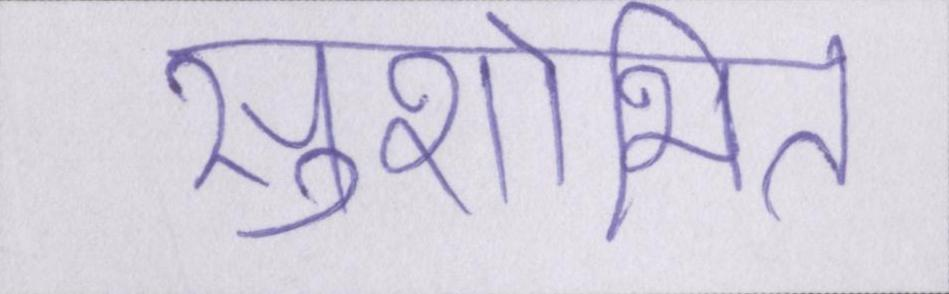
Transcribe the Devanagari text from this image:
सुशोभित